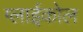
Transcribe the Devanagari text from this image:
ग्लाईकोल